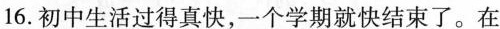
16.初中生活过得真快，一个学期就快结束了。在